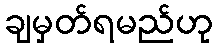
ချမှတ်ရမည်ဟု